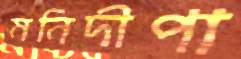
মনিদীপা